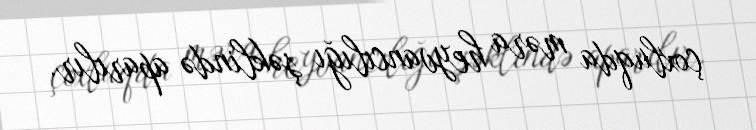
çoxluqda məra heyvancılığı şəklində aparılır.